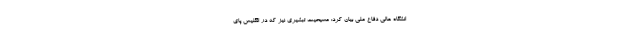
انشگاه عالی دفاع ملی بیان کرد: مسیحیت تبشیری نیز که در انگلیس پای